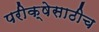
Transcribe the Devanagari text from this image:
परीक्षेसाठीच